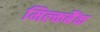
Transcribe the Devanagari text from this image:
मिल्कबैंक